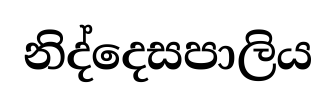
නිද්දෙසපාලිය